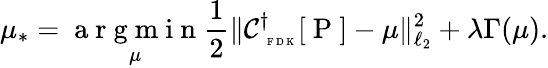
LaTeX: \mu_{*}=\underset{\mu}{\mathrm{~a~r~g~m~i~n~}}\frac 12\| \mathcal C_{\mathrm{~\tiny~F~D~K~}}^{\dagger}[\mathrm{~P~}]-\mu\| _{\ell_{2}}^{2}+\lambda\Gamma(\mu).